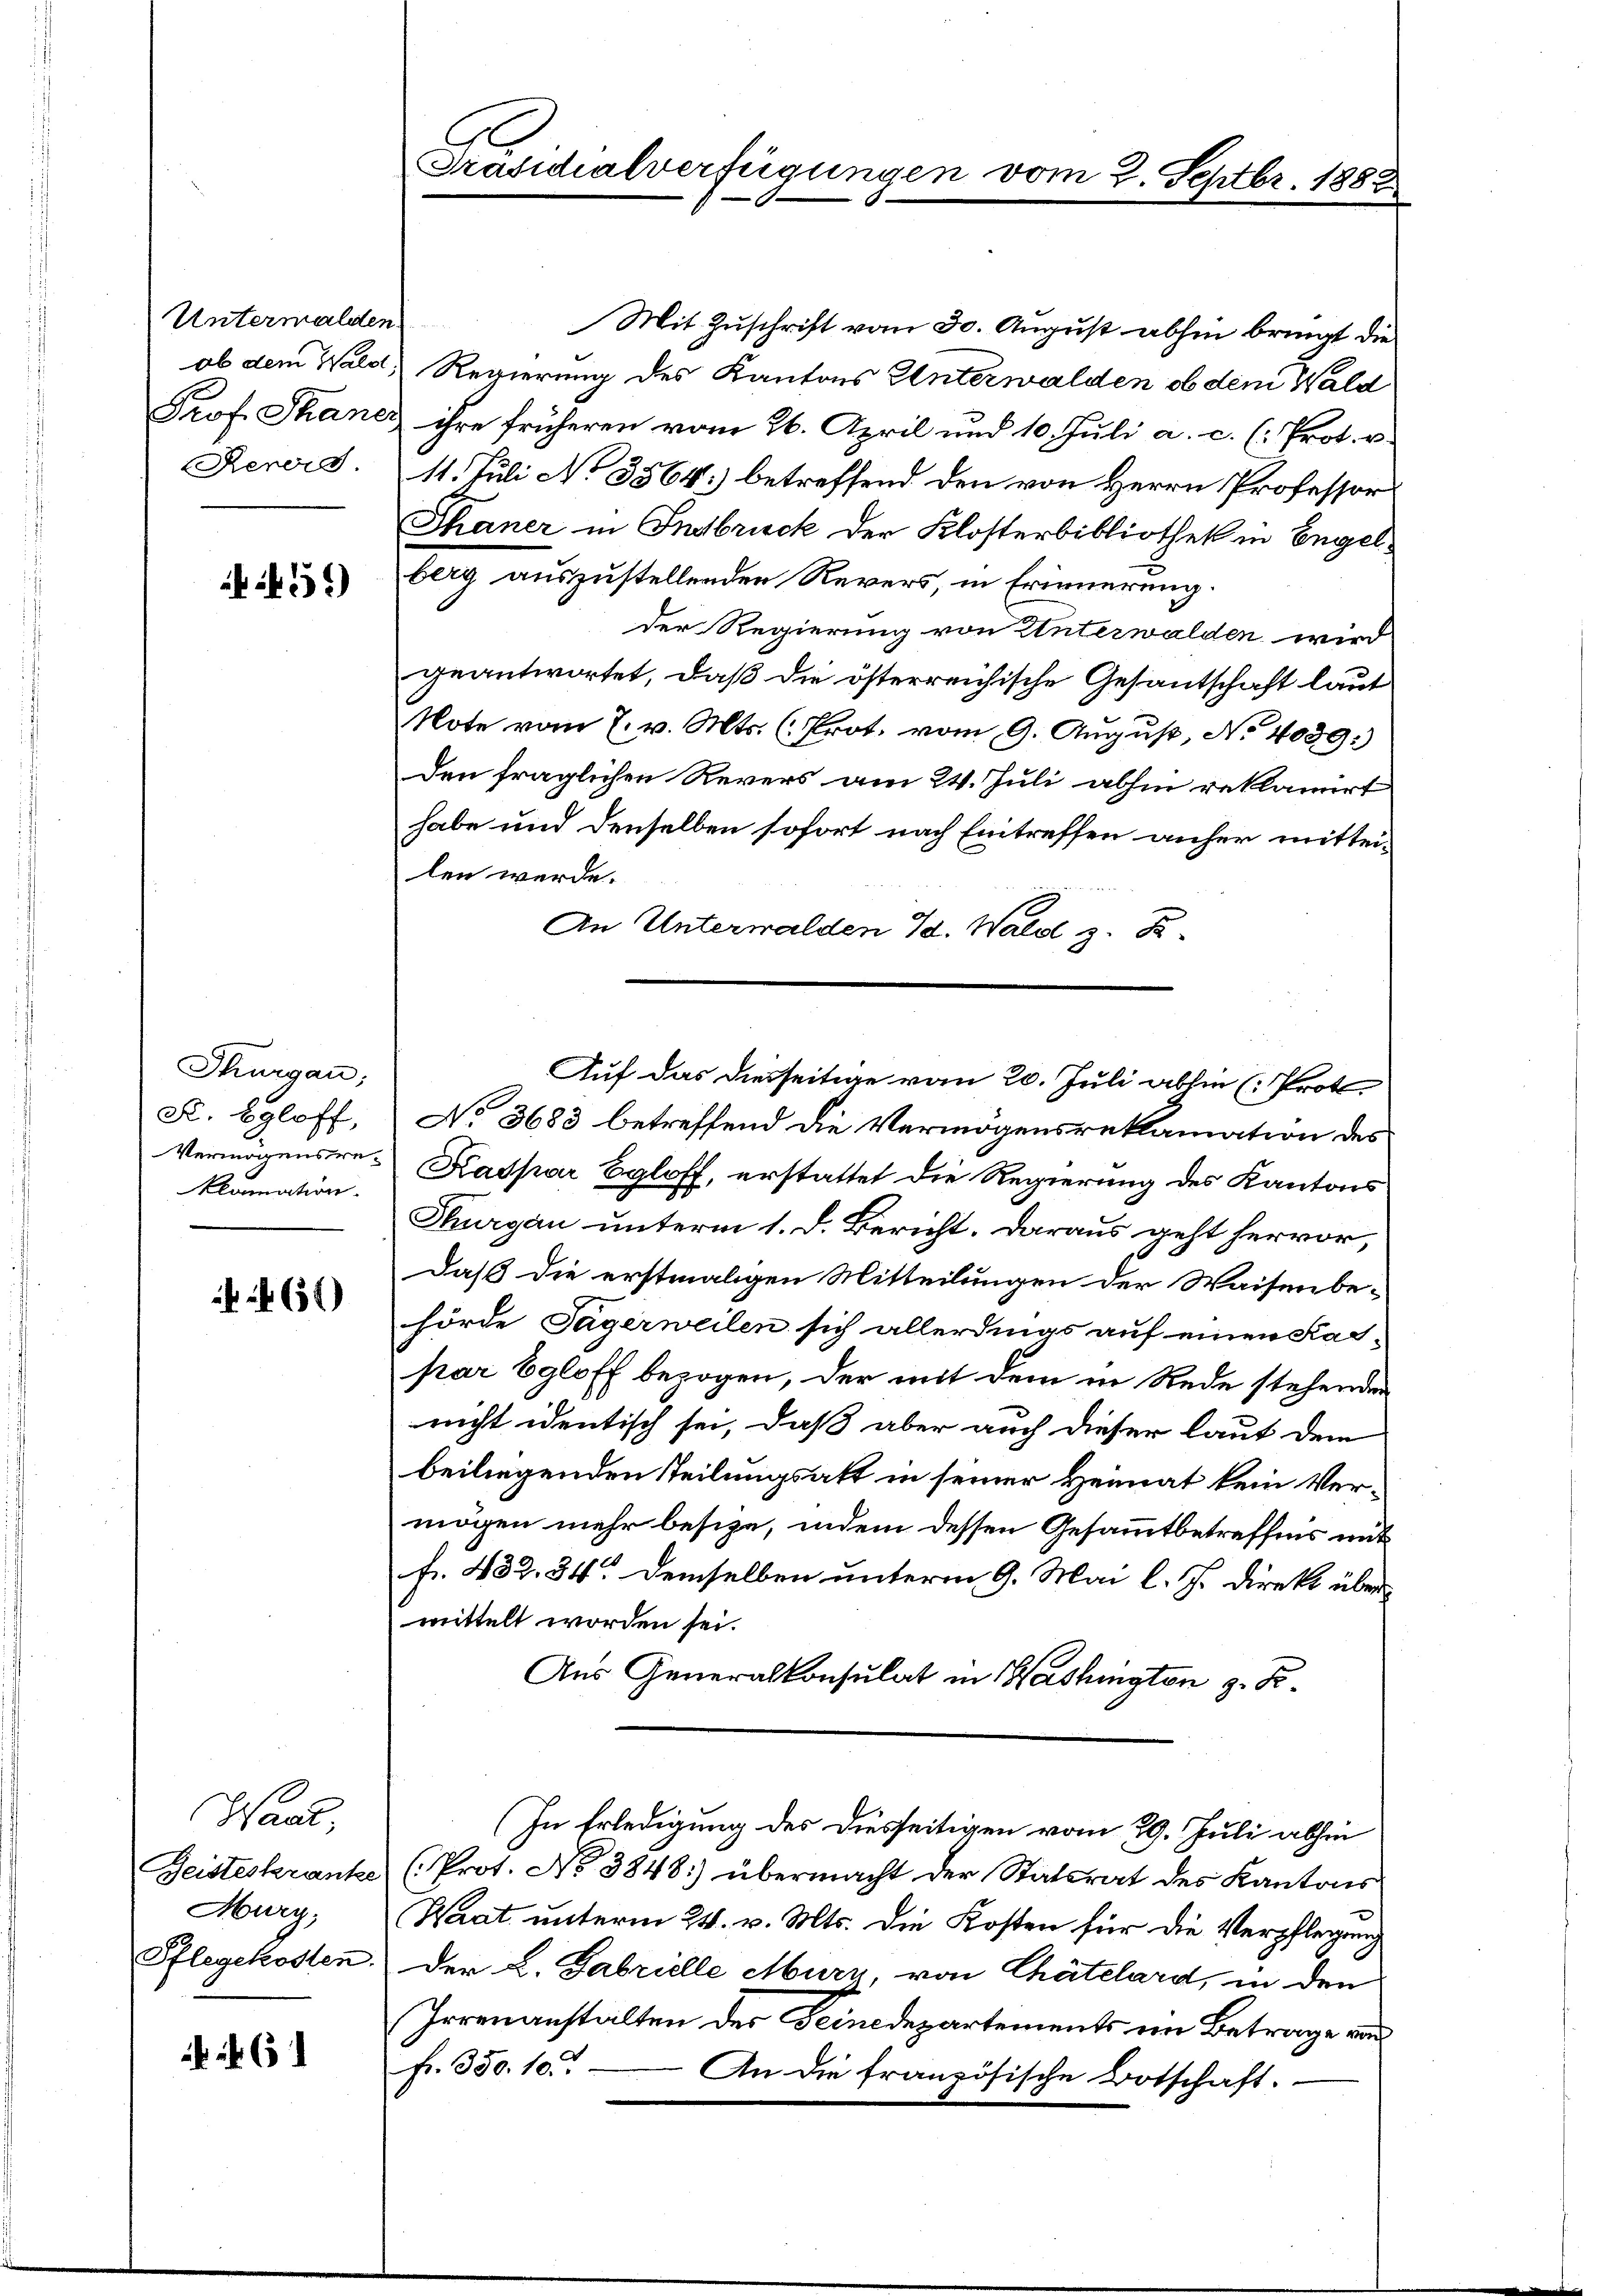
Untermalden
ob dem Wald,
Prof. Thaner
Rerord.

55)

Thurgau;
R. Egloff,
Vermögensreklamation.

461)

Want
Geisteskranke
Murg;
Pflegekosten.

.

Präsidialverfügunge

Mit Zuschrift vom 30. August abhin bringt die
Regierung des Kantons Unterwalden ob dem Wald
ihre früheren vom 26. April und 10. Juli a. c. (: Prot. v.
11. Juli No 3564] betreffend den von Herrn Professor
Thaner in Insbruck der Klosterbibliothek in Engelberg auszustellenden Revers, in Erinnerung.
der Regierung von Unterwalden wird
geantwortet, daß die österreichische Gesantschaft laut
Note vom 7. v. Mts. (Prot. vom 9. August, No 4039.)
den fraglichen Revers am 24. Juli abhin reklamirt
habe und denselben sofort nach Eintreffen anher mitteilen werde.
An Unterwalden Id. Wald z. B.
No 3683 betreffend die Vermögensreklamation des
Kaspar Egloff, erstattet die Regierung des Kantons
Thurgau unterm 1. d. Bericht. Daraus geht hervor,
daß die erstmaligen Mitteilungen der Waisenbe-
hörde Tagerweilen sich allerdings auf einen Kas-
par Egloff bezogen, der mit dem in Rede stehenden
nicht identisch sei, daß aber auch dieser laut dem
beiliegenden Teilungsakt in seiner Heimat kein Vermögen mehr besize, indem dessen Gesammtbetreffnis mit
fr. 432. 34. Demselben unterm 9. Mai l. Js. direkt über
mittelt worden sei.
Aus Generalkonsulat in Washingten z. B.
(In Erledigung des Diesseitigen vom 29. Juli abhin
(Prot. No 3848; übermacht der Statsrat des Kantons
Waat unterm 24. v. Mts. die Kosten für die Verpflegung
Der L. Fabrielle Murz, von Chätelard, in den
Irrenanstalten des Seinedepartements im Betrage au
fr. 350. 10.
An die französische Botschaft.

22. Septbr. 1882

Auf das diesseitige vom 20. Juli abhin (: Prot